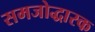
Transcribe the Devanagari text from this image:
समजोद्धारक